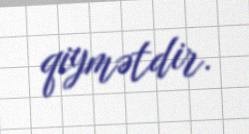
qiymətdir.